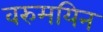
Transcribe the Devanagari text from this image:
वरुमयिन